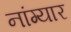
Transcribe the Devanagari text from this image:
नांग्यार